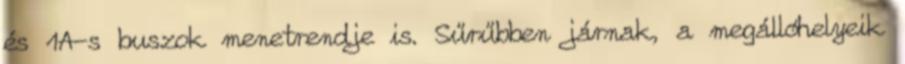
és 1A-s buszok menetrendje is. Sűrűbben járnak, a megállóhelyeik